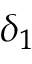
\delta _ { 1 }